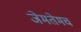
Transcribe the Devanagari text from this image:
जेमतेमच